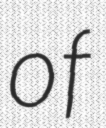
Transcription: of